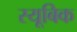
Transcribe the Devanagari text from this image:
स्यूबिक